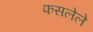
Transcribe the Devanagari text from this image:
फसलेले